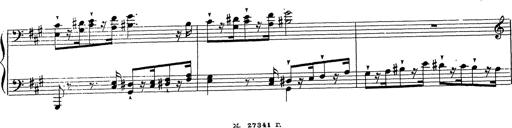
Title: Ballade No.1
Composer: Richard St. Clair